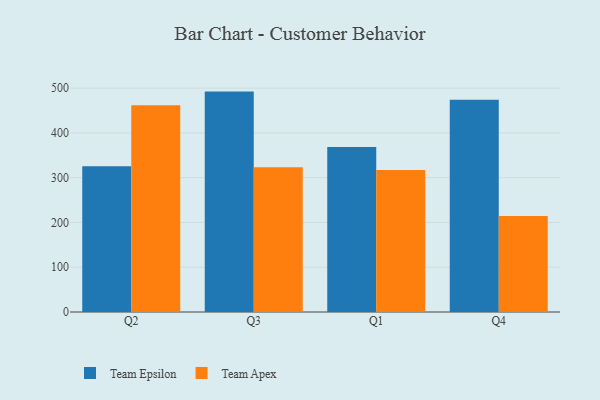
{"axis": {"x": "Quarter", "y": "Waste Production (Tons)"}, "legend": ["Team Apex", "Team Epsilon"], "data": [{"x": "Q2", "y": 325.7, "type": "Team Epsilon"}, {"x": "Q2", "y": 461.7, "type": "Team Apex"}, {"x": "Q3", "y": 492.2, "type": "Team Epsilon"}, {"x": "Q3", "y": 323.4, "type": "Team Apex"}, {"x": "Q1", "y": 368.5, "type": "Team Epsilon"}, {"x": "Q1", "y": 317.3, "type": "Team Apex"}, {"x": "Q4", "y": 473.9, "type": "Team Epsilon"}, {"x": "Q4", "y": 214.2, "type": "Team Apex"}]}